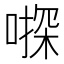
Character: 𠽄